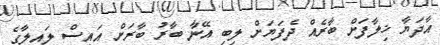
އާދަޔާ ޚިލާފަށް ބާރެއް ދެފަޔަށް ލިބި އޭނާ ބާރު ބާރަށް އައިސް ލައިލާގެ